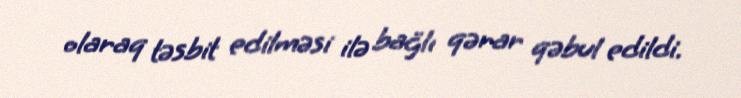
olaraq təsbit edilməsi ilə bağlı qərar qəbul edildi.